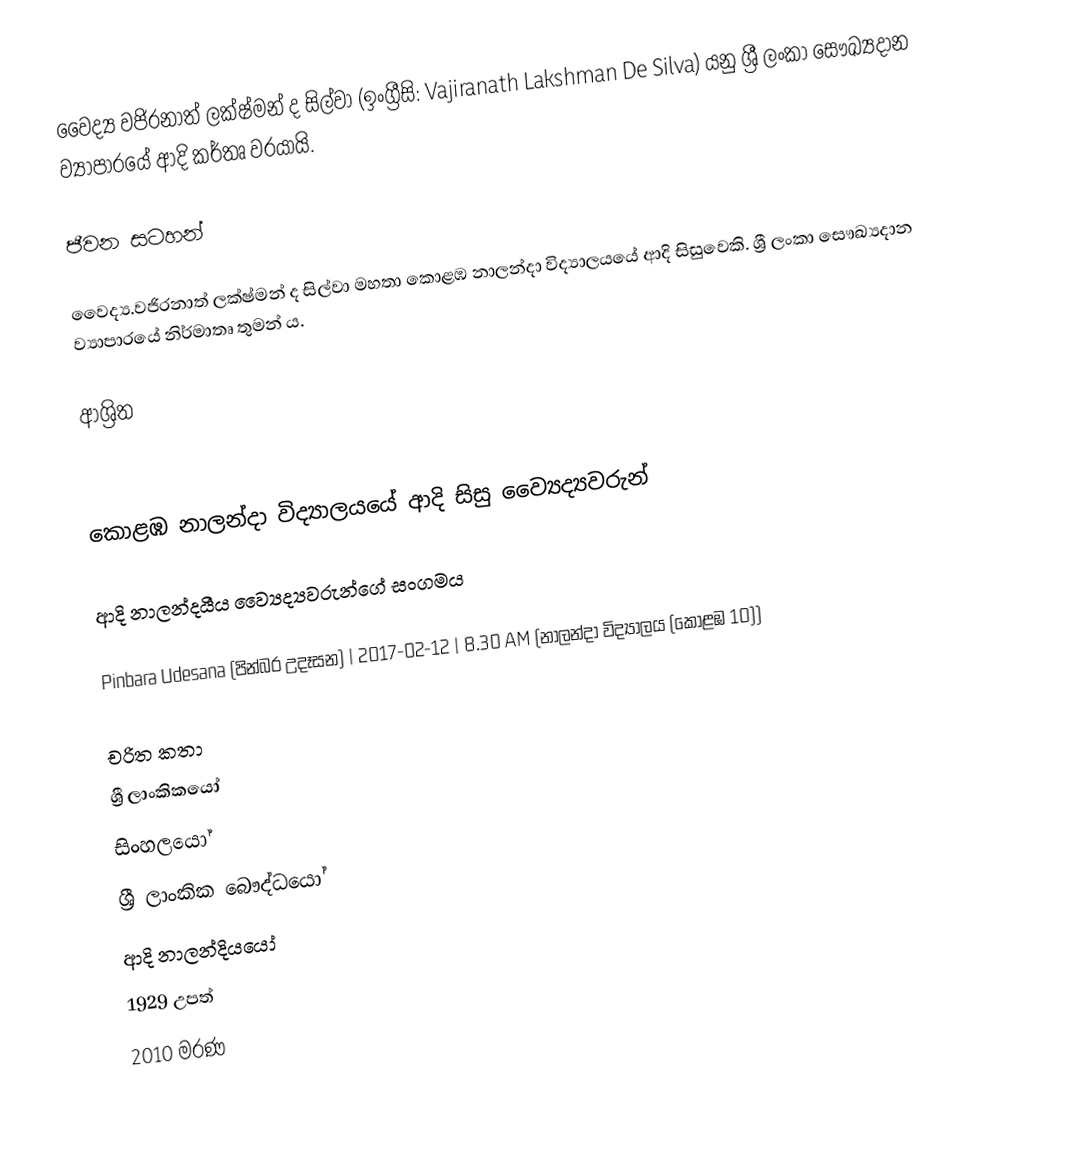
වෛද්‍ය වජිරනාත් ලක්ෂ්මන් ද සිල්වා (ඉංග්‍රීසි: Vajiranath Lakshman De Silva) යනු ශ්‍රී ලංකා සෞඛ්‍යදාන ව්‍යාපාරයේ ආදි කර්තෘ වරයායි.

ජීවන සටහන්

වෛද්‍ය.වජිරනාත් ලක්ෂ්මන් ද සිල්වා මහතා  කොළඹ නාලන්දා විද්‍යාලයයේ ආදි සිසුවෙකි. ශ්‍රී ලංකා සෞඛ්‍යදාන ව්‍යාපාරයේ නිර්මාතෘ තුමන් ය.

ආශ්‍රිත

 කොළඹ නාලන්දා විද්‍යාලයයේ ආදි සිසු ව්‍යෛද්‍යවරුන්

 ආදි නාලන්දයීය ව්‍යෛද්‍යවරුන්ගේ සංගමය

 Pinbara Udesana (පින්බර උදෑසන) | 2017-02-12 | 8.30 AM (නාලන්දා විද්‍යාලය (කොළඹ 10))

චරිත කතා
ශ්‍රී ලාංකිකයෝ
සිංහලයෝ
ශ්‍රී ලාංකික බෞද්ධයෝ
ආදි නාලන්දියයෝ
1929 උපත්
2010 මරණ